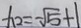
x _ { 2 } = - \sqrt { 5 } + 1